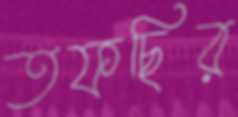
তফছির